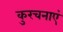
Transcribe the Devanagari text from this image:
कुरचनाएं